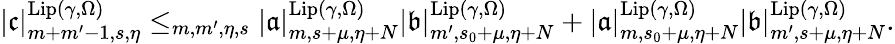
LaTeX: \begin{array}{r}{|\mathfrak{c}|_{m+m^{\prime}-1,s,\eta}^{\mathrm{Lip}(\gamma,\Omega)}\le_{m,m^{\prime},\eta,s}|\mathfrak{a}|_{m,s+\mu,\eta+N}^{\mathrm{Lip}(\gamma,\Omega)}|\mathfrak{b}|_{m^{\prime},s_{0}+\mu,\eta+N}^{\mathrm{Lip}(\gamma,\Omega)}+|\mathfrak{a}|_{m,s_{0}+\mu,\eta+N}^{\mathrm{Lip}(\gamma,\Omega)}|\mathfrak{b}|_{m^{\prime},s+\mu,\eta+N}^{\mathrm{Lip}(\gamma,\Omega)}.}\end{array}